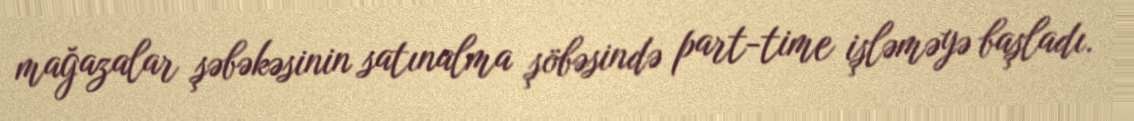
mağazalar şəbəkəsinin satınalma şöbəsində part-time işləməyə başladı.